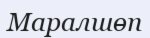
Маралшөп